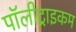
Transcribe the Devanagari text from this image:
पॉलीट्राइकम